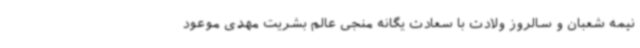
نیمه شعبان و سالروز ولادت با سعادت یگانه منجی عالم بشریت مهدی موعود